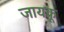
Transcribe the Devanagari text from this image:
जायकू